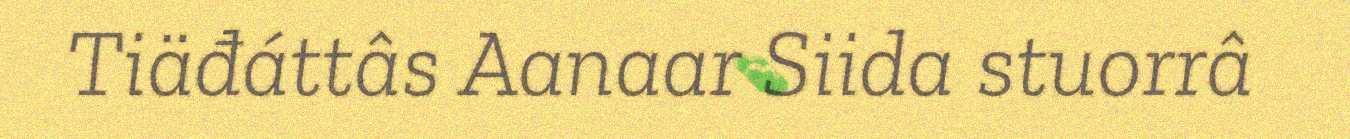
Tiäđáttâs Aanaar Siida stuorrâ